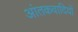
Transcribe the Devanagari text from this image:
आंतकवादियों